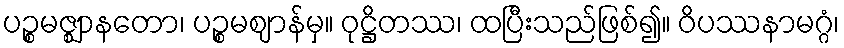
ပဉ္စမဇ္ဈာနတော၊ ပဉ္စမဈာန်မှ။ ဝုဋ္ဌိတဿ၊ ထပြီးသည်ဖြစ်၍။ ဝိပဿနာမဂ္ဂံ၊